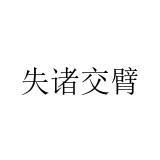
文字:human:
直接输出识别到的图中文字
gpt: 失诸交臂